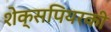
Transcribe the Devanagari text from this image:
शेक्सपियरकी